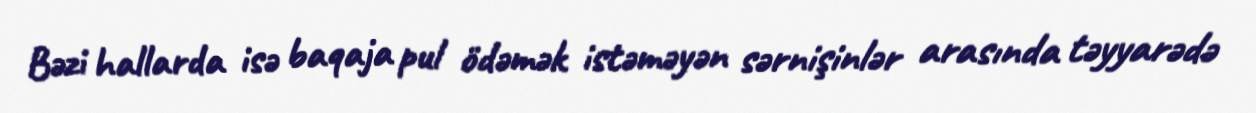
Bəzi hallarda isə baqaja pul ödəmək istəməyən sərnişinlər arasında təyyarədə